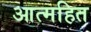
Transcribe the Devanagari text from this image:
आत्महित